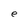
Character: e